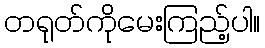
တရုတ်ကိုမေးကြည့်ပါ။